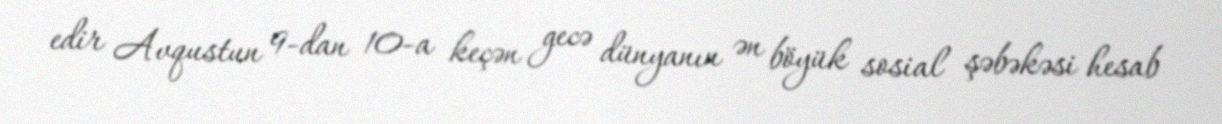
edir Avqustun 9-dan 10-a keçən gecə dünyanın ən böyük sosial şəbəkəsi hesab